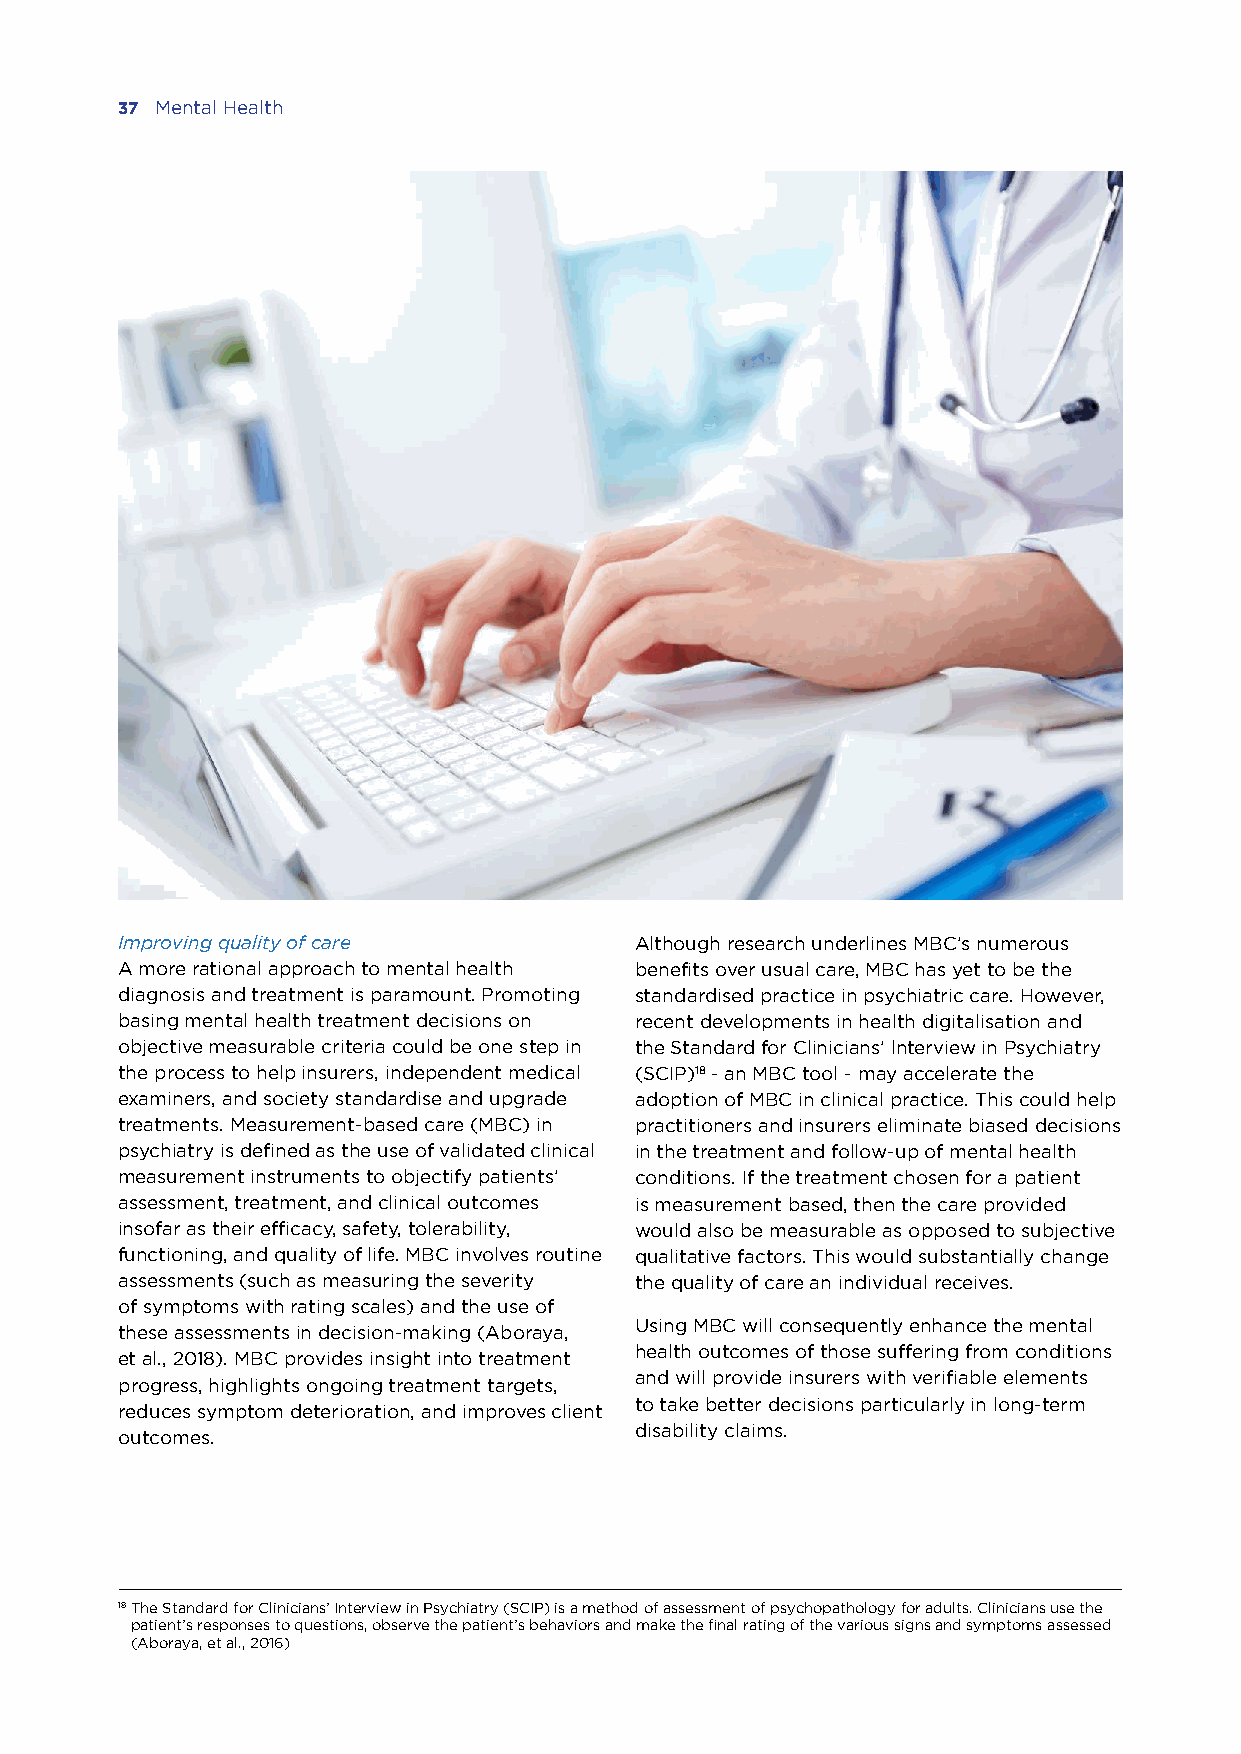
37 Mental Health
 Improving quality of care         Although research underlines MBC’s numerous
 A more rational approach to mental health benefits over usual care, MBC has yet to be the
 diagnosis and treatment is paramount. Promoting standardised practice in psychiatric care. However,
 basing mental health treatment decisions on recent developments in health digitalisation and
 objective measurable criteria could be one step in the Standard for Clinicians’ lnterview in Psychiatry
 the process to help insurers, independent medical (SCIP)18 - an MBC tool - may accelerate the
 examiners, and society standardise and upgrade adoption of MBC in clinical practice. This could help
 treatments. Measurement-based care (MBC) in practitioners and insurers eliminate biased decisions
 psychiatry is defined as the use of validated clinical in the treatment and follow-up of mental health
 measurement instruments to objectify patients’ conditions. If the treatment chosen for a patient
 assessment, treatment, and clinical outcomes is measurement based, then the care provided
 insofar as their efficacy, safety, tolerability, would also be measurable as opposed to subjective
 functioning, and quality of life. MBC involves routine qualitative factors. This would substantially change
 assessments (such as measuring the severity the quality of care an individual receives.
 of symptoms with rating scales) and the use of
 Using MBC will consequently enhance the mental
 these assessments in decision-making (Aboraya,
 health outcomes of those suffering from conditions
 et al., 2018). MBC provides insight into treatment
 and will provide insurers with verifiable elements
 progress, highlights ongoing treatment targets,
 to take better decisions particularly in long-term
 reduces symptom deterioration, and improves client
 disability claims.
 outcomes.
 18 The Standard for Clinicians’ Interview in Psychiatry (SCIP) is a method of assessment of psychopathology for adults. Clinicians use the
 patient’s responses to questions, observe the patient’s behaviors and make the final rating of the various signs and symptoms assessed
 (Aboraya, et al., 2016)